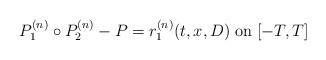
LaTeX: \begin{align*}P_1^{(n)}\circ P_2^{(n)}-P=r_1^{(n)}(t,x,D)\;\mbox{on}\;[-T,T]\end{align*}